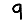
Digit: 9